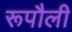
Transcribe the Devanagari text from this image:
रूपौली